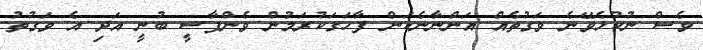
ވެސް ނުކުޅެވޭނެ ވަގުތެއް އަންނާނެކަން ފާހަގަކުރަމުން ވެންޕާސީ ބުނީ އަދި އެ ވަގުތު